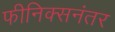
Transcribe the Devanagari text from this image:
फीनिक्सनंतर